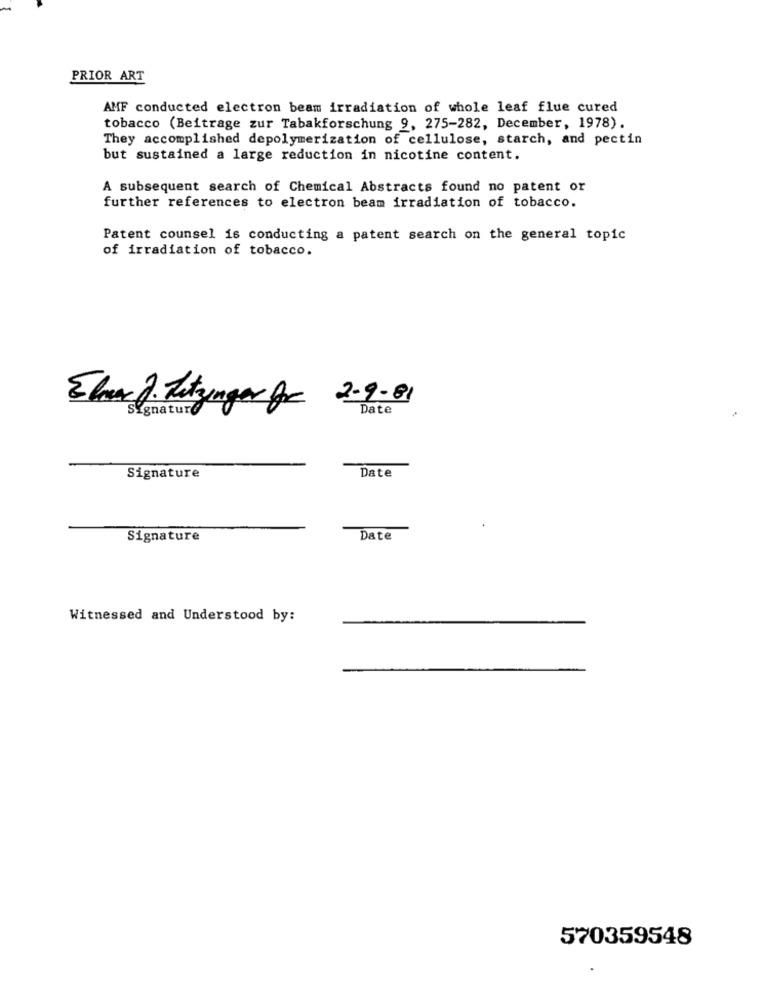
PRIOR ART
AMF conducted electron beam irradiation of whole leaf flue cured
tobacco (Beitrage zur Tabakforschung 9, 275-282, December, 1978).
They accomplished depolymerization of cellulose, starch, and pectin
but sustained a large reduction in nicotine content.
A subsequent search of Chemical Abstracts found no patent or
further references to electron beam irradiation of tobacco.
Patent counsel is conducting a patent search on the general topic
of irradiation of tobacco.
2-9 -81
Eler J. Tutzinger for
Signature
Date
Date
Signature
Signature
Date
Witnessed and Understood by:
570359548